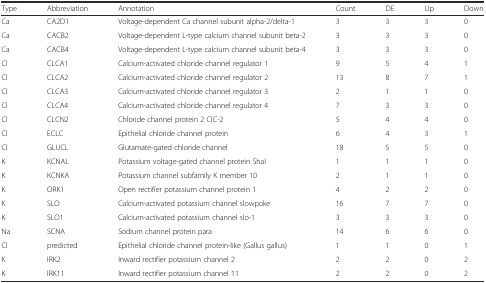
<table><thead><tr><td><b>Type</b></td><td><b>Abbreviation</b></td><td><b>Annotation</b></td><td><b>Count</b></td><td><b>DE</b></td><td><b>Up</b></td><td><b>Down</b></td></tr></thead><tbody><tr><td>Ca</td><td>CA2D1</td><td>Voltage-dependent Ca channel subunit alpha-2/delta-1</td><td>3</td><td>3</td><td>3</td><td>0</td></tr><tr><td>Ca</td><td>CACB2</td><td>Voltage-dependent L-type calcium channel subunit beta-2</td><td>3</td><td>3</td><td>3</td><td>0</td></tr><tr><td>Ca</td><td>CACB4</td><td>Voltage-dependent L-type calcium channel subunit beta-4</td><td>3</td><td>3</td><td>3</td><td>0</td></tr><tr><td>Cl</td><td>CLCA1</td><td>Calcium-activated chloride channel regulator 1</td><td>9</td><td>5</td><td>4</td><td>1</td></tr><tr><td>Cl</td><td>CLCA2</td><td>Calcium-activated chloride channel regulator 2</td><td>13</td><td>8</td><td>7</td><td>1</td></tr><tr><td>Cl</td><td>CLCA3</td><td>Calcium-activated chloride channel regulator 3</td><td>2</td><td>1</td><td>1</td><td>0</td></tr><tr><td>Cl</td><td>CLCA4</td><td>Calcium-activated chloride channel regulator 4</td><td>7</td><td>3</td><td>3</td><td>0</td></tr><tr><td>Cl</td><td>CLCN2</td><td>Chloride channel protein 2 ClC-2</td><td>5</td><td>4</td><td>4</td><td>0</td></tr><tr><td>Cl</td><td>ECLC</td><td>Epithelial chloride channel protein</td><td>6</td><td>4</td><td>3</td><td>1</td></tr><tr><td>Cl</td><td>GLUCL</td><td>Glutamate-gated chloride channel</td><td>18</td><td>5</td><td>5</td><td>0</td></tr><tr><td>K</td><td>KCNAL</td><td>Potassium voltage-gated channel protein Shal</td><td>1</td><td>1</td><td>1</td><td>0</td></tr><tr><td>K</td><td>KCNKA</td><td>Potassium channel subfamily K member 10</td><td>2</td><td>1</td><td>1</td><td>0</td></tr><tr><td>K</td><td>ORK1</td><td>Open rectifier potassium channel protein 1</td><td>4</td><td>2</td><td>2</td><td>0</td></tr><tr><td>K</td><td>SLO</td><td>Calcium-activated potassium channel slowpoke</td><td>16</td><td>7</td><td>7</td><td>0</td></tr><tr><td>K</td><td>SLO1</td><td>Calcium-activated potassium channel slo-1</td><td>3</td><td>3</td><td>3</td><td>0</td></tr><tr><td>Na</td><td>SCNA</td><td>Sodium channel protein para</td><td>14</td><td>6</td><td>6</td><td>0</td></tr><tr><td>Cl</td><td>predicted</td><td>Epithelial chloride channel protein-like (Gallus gallus)</td><td>1</td><td>1</td><td>0</td><td>1</td></tr><tr><td>K</td><td>IRK2</td><td>Inward rectifier potassium channel 2</td><td>2</td><td>2</td><td>0</td><td>2</td></tr><tr><td>K</td><td>IRK11</td><td>Inward rectifier potassium channel 11</td><td>2</td><td>2</td><td>0</td><td>2</td></tr></tbody></table>